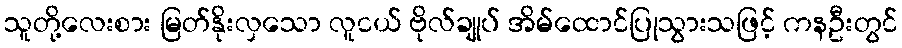
သူတို့လေးစား မြတ်နိုးလှသော လူငယ် ဗိုလ်ချုပ် အိမ်ထောင်ပြုသွားသဖြင့် ကနဦးတွင်